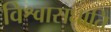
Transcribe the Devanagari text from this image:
विश्वासघाति